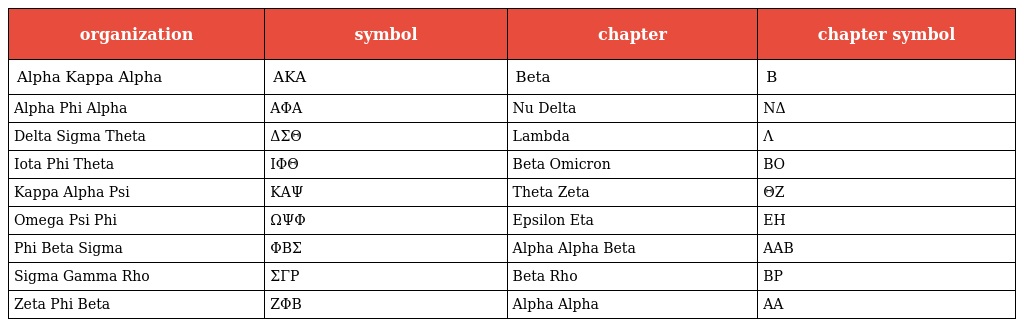
| organization | symbol | chapter | chapter symbol |
 | --- | --- | --- | --- |
 | Alpha Kappa Alpha | ΑΚΑ | Beta | B |
 | Alpha Phi Alpha | ΑΦΑ | Nu Delta | NΔ |
 | Delta Sigma Theta | ΔΣΘ | Lambda | Λ |
 | Iota Phi Theta | ΙΦΘ | Beta Omicron | BO |
 | Kappa Alpha Psi | ΚΑΨ | Theta Zeta | ΘΖ |
 | Omega Psi Phi | ΩΨΦ | Epsilon Eta | EH |
 | Phi Beta Sigma | ΦΒΣ | Alpha Alpha Beta | AAB |
 | Sigma Gamma Rho | ΣΓΡ | Beta Rho | BP |
 | Zeta Phi Beta | ΖΦΒ | Alpha Alpha | AA |